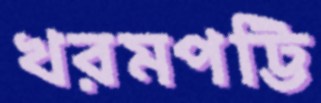
খরমপট্টি